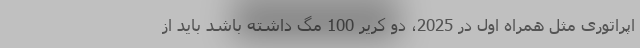
اپراتوری مثل همراه اول در 2025، دو کریر 100 مگ داشته باشد باید از